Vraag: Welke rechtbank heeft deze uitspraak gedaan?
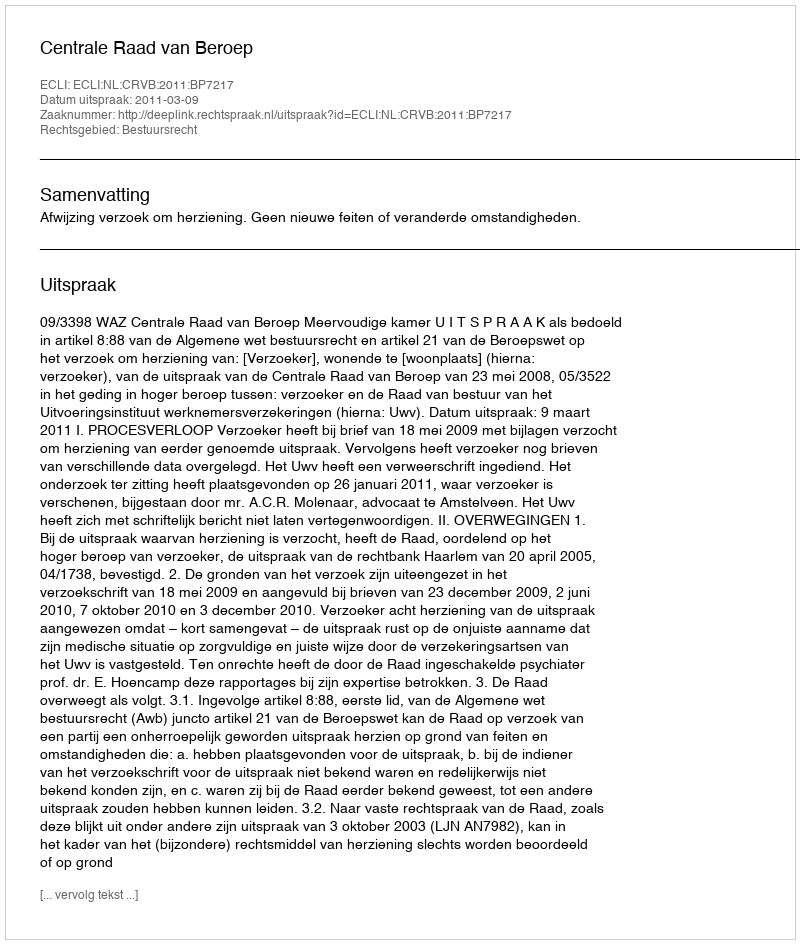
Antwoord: Centrale Raad van Beroep